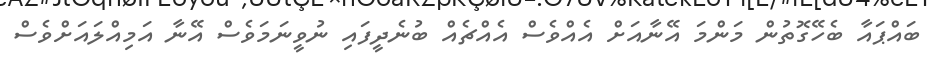
ބައްޕައާ ބެހޭގޮތުން މަންމަ އޭނާއަށް އެއްވެސް އެއްޗެއް ބުނެދީފައި ނުވީނަމަވެސް އޭނާ އަމިއްލައަށްވެސް